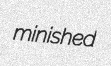
minished